[Report on the health of British troops in the Madras command]
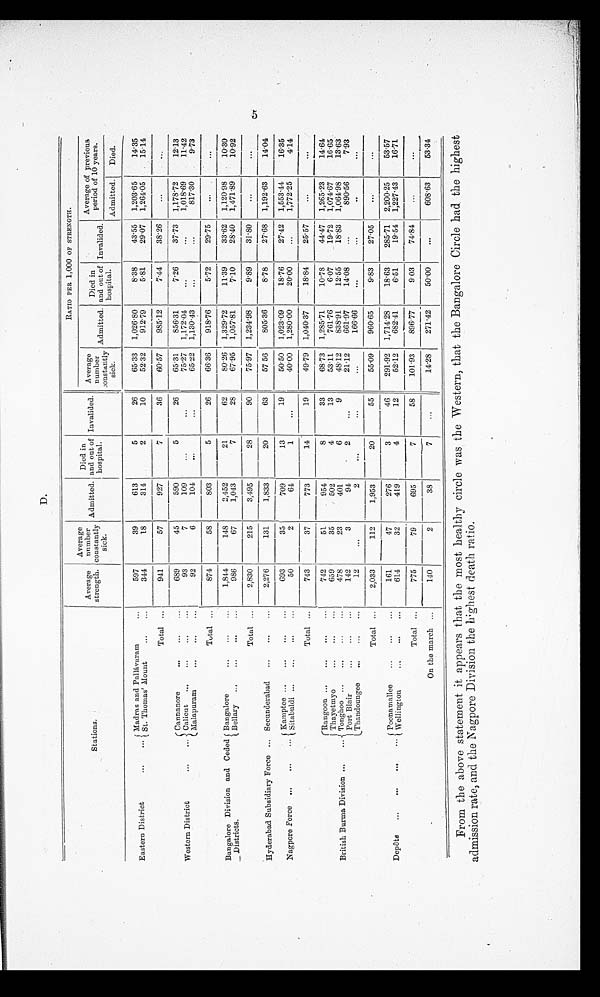
D.
Stations.
Average
strength.
Average
number
constantly
sick.
Admitted.
Died in
and out of
hospital.
Invalided.
RATI O PER 1 , 0 0 0 OF STRENGTH.
Average
number
constantly
sick .
Admitted.
Died i
n
and out of
hospital.
Invalided.
Average of previous
period of 10 years.
Admitted. Died.
Eastern District ... ...
Madr as and Pal l Pal l ávar amvar am
. . .
597
39
613
5
26
65.33 1,026.80
8.38
43.55 1,203.65
1 4 . 3 5
St. Thomas' Mount
. . . ...
344
18
314
2
10
52.32 912.79
5.81
29.07 1,264.05
15.14
Total ...
941
57
927
7
36
60.57 985.12
7.44
38.26
. . .
. . .
Western District
... ...
Cannanore
... ... ...
689
45
590
5
26
65.31 856.31
7.26
37.73 1,178.72
12.13
Calicut ... . . . ...
. . .
93
7
109
. . .
. . .
75.27 1,172.04
. . .
. . .
1,018.69
1 1 . 4 2
Malapuram
. . . ... . . .
92
6
104
...
. . .
65.22 1,130.43
. . .
. . . 817.30
9.73
Total ...
874
58
803
5
26
66.36 918.76
5.72
29.75
...
. . .
Bangalore Division and Ceded
Districts.
Bangalore
. . . ...
. . . 1,844
148
2,452
21
62
80.26 1,329.72
11.39
33.62 1,120.98
10.30
Bellary ... . . .
. . . ...
986
67
1,043
7
28
67.95 1,057.81
7.10
28.40 1,471.89
10.92
Total . . .
2,830
215
3,495
28
90
75.97 1,234.98
9.89
31.80
...
. . .
Hyderabad Subsidiary Force ... Secunderabad . . .
. . . . . .
2,276
131
1,833
20
63
57 56 805.36
8.78
27.68 1,192.63
14.04
Nagpore Force ... ... ... Kamptee ... . . .
. . . . . .
693
35
709
13
19
50.50 1,023.09
18.76
27.42 1,553.44
16.35
Sitabuldi ... ... ... ...
50
2
64
1
...
40.00 1,280.00
20.00
. . . 1,772.25
4.14
Total ...
743
37
773
14
19
49.79 1,040.37
18.84
25.57
...
. . .
British Burma Division ... . . .
Rangoon ... . . . ...
. . .
742
51
954
8
33
68.73 1,285.71
10.78
44.47 1,265.23
14.64
Thayetmyo
... ... ...
659
35
502
4
13
53.11 761.76
6.07
19.72 1,074.67
16.65
Tonghoo ... . . . ...
. . .
478
23
401
6
9
48.12 838.91
12.55
18.83 1,064.98
13.63
Port Blair
. . . ... ...
142
3
94
2
...
21.12 601.97
14.08
...
890.56
7. 93
Thandoungee ... ...
. . .
12
. . .
2
...
. . .
. . .
1 6 6 . 6 6 ...
. . . ..
. . .
Total ...
2,033
112
1,953
20
55
55.09 960.65
9.83
27.05
. . .
...
Depôts ... ... ... ...
Poonamallee ... ... ...
161
47
276
3
46
291.92 1,714.28
18.63 285.71 2,200.25
53.57
Wellington
. . .
...
. . .
614
32
419
4
12
52.12 682.41
6.51
19.54 1,227.43
16.71
Total ...
775
79
695
7
5 8 101.93 896.77
9.03
74.84 ...
...
On the march . . .
140
2
38
7
...
14.28 271.42
50.00
. . .
608.63
53.34
From the above statement it appears that the most healthy circle was the Western, that the Bangalore Circle had the highest
admission rate, and the Nagpore Division the highest death ratio.
5